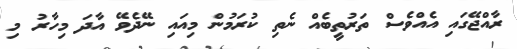
ރާއްޖޭގައި އެއްވެސް ތަރުތީބެއް ނެތި ކުރަމުން މިއައި ނޭދެވޭ އާދަ މިހާރު މި